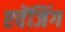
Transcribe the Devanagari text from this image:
एवेंजिंग